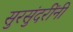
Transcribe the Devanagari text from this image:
सुरसुंदरींनी